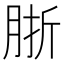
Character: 䏳